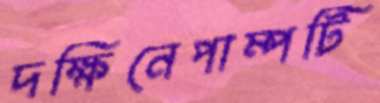
দক্ষিনেপাম্পটি